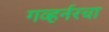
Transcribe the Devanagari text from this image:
गव्हर्नरचा